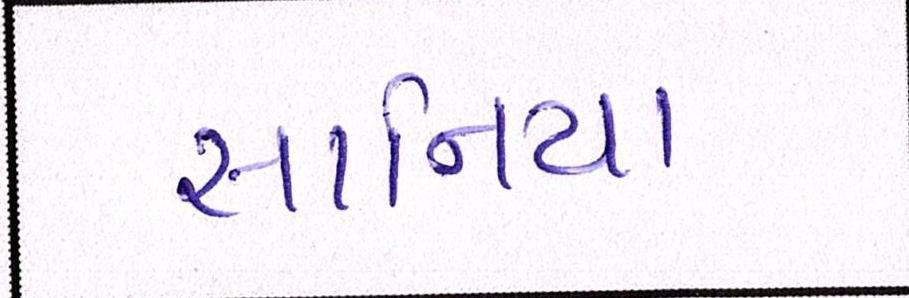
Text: સાનિયા